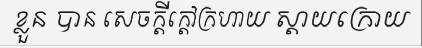
ខ្លួន បាន សេចក្តីក្តៅក្រហាយ ស្តាយក្រោយ